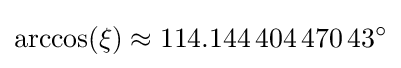
\arccos(\xi )\approx 114.144\,404\,470\,43^{\circ }